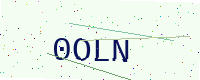
Text: 0OLN